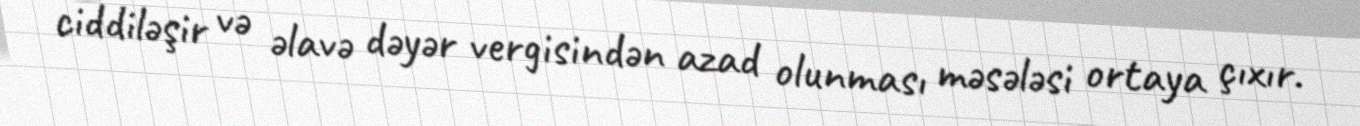
ciddiləşir və əlavə dəyər vergisindən azad olunması məsələsi ortaya çıxır.